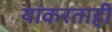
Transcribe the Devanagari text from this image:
यांकरताही